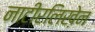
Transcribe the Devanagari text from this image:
नाटीरलिख़ेन